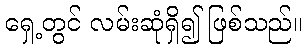
ရှေ့တွင် လမ်းဆုံရှိ၍ ဖြစ်သည်။